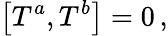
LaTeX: \left[T^{a},T^{b}\right]=0\, ,